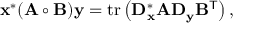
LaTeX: \mathbf { x } ^ { * } ( \mathbf { A } \circ \mathbf { B } ) \mathbf { y } = \mathrm { t r } \left( \mathbf { D } _ { \mathbf { x } } ^ { * } \mathbf { A } \mathbf { D } _ { \mathbf { y } } \mathbf { B } ^ { \mathsf { T } } \right) ,